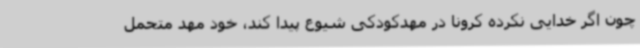
چون اگر خدایی نکرده کرونا در مهدکودکی شیوع پیدا کند، خود مهد متحمل